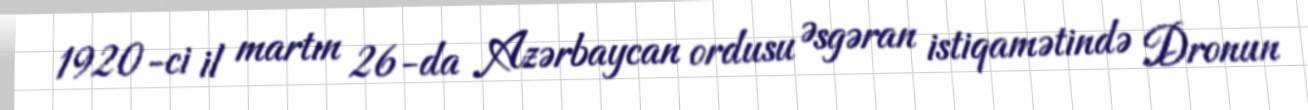
1920-ci il martın 26-da Azərbaycan ordusu Əsgəran istiqamətində Dronun